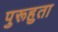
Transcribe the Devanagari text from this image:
पुरूहुता